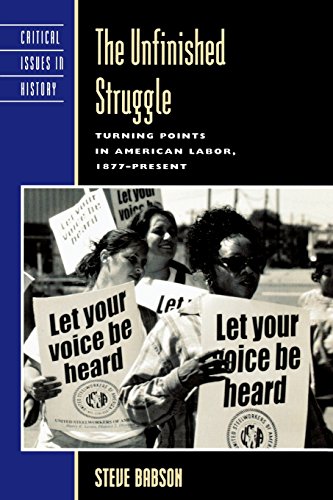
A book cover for The Unfinished Struggle; Steve Babson; Business & Money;